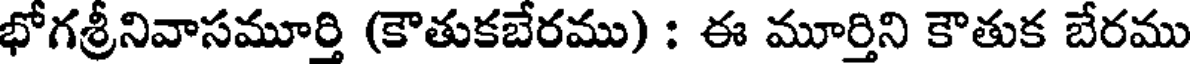
భోగశ్రీనివాసమూర్తి (కౌతుకబేరము) : ఈ మూర్తిని కౌతుక బేరము